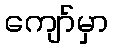
ကျော်မှာ